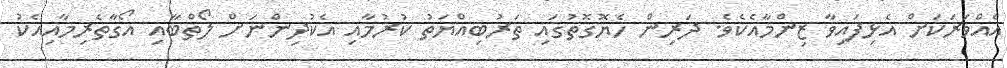
އެއްވަރަކަށް އެޅިފައިވާ ޒިންމާއެކެވެ. ދަރިން ހެޔޮގޮތުގައި ތަރުބިއްޔަތު ކުރުމާއި އެކުދިންނަށް ލޯތްބާއި އޯގާތެރިމާއިއެކު